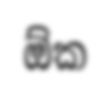
ඕක